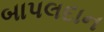
બાપલદાન